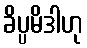
ခိပ္ပမိဒါဟု